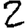
Digit: 2